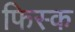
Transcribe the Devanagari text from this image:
फिस्‍क